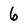
Character: 6